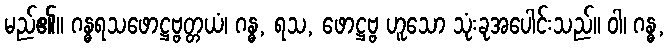
မည်၏။ ဂန္ဓရသဖောဋ္ဌဗ္ဗတ္တယံ၊ ဂန္ဓ, ရသ, ဖောဋ္ဌဗ္ဗ ဟူသော သုံးခုအပေါင်းသည်။ ဝါ၊ ဂန္ဓ,